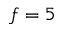
f = 5